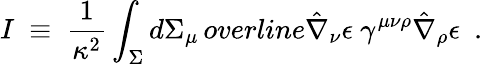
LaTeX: I~\equiv~\frac{1}{\kappa^{2}}\int_{\Sigma}d\Sigma_{\mu}\, overline{\hat{\nabla}_{\nu}\epsilon}\ \gamma^{\mu\nu\rho}\hat{\nabla}_{\rho}\epsilon\ \ .